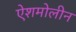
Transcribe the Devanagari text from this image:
ऐशमोलीन